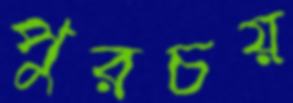
পুরচয়